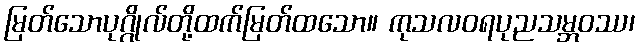
မြတ်သောပုဂ္ဂိုလ်တို့ထက်မြတ်ထသော။ ကုသလဝရပုညသမ္ဘဝဿ၊